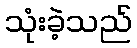
သုံးခဲ့သည်